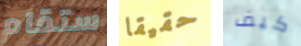
ستقام حقيقا كيف